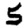
Digit: 5